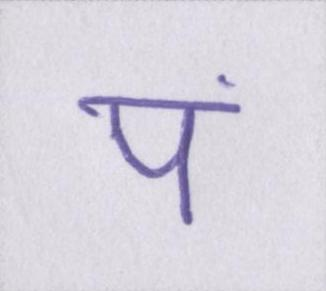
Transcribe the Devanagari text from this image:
पं